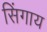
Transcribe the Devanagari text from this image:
सिंगाय